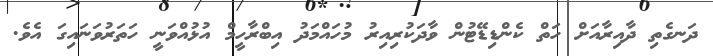
ދަނގެތި ދާއިރާއަށް ހަތް ކެންޑިޑޭޓުން ވާދަކުރިއިރު މުހައްމަދު އިބްރާހީމް އުޅުއްވަނީ ހަތަރުވަނައިގަ އެވެ.